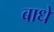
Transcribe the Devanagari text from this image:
बाधे